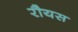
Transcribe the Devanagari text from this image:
रौयस